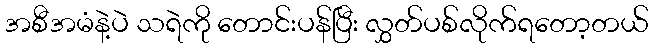
အစီအမံနဲ့ပဲ သရဲကို တောင်းပန်ပြီး လွှတ်ပစ်လိုက်ရတော့တယ်